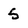
Character: 5